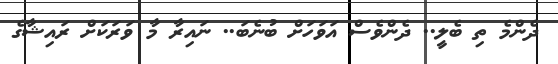
ދެންމެ ތި ބެލީ.. ދެންވެސް އަވަހަށް ބުނެބަ.. ނައިރާ މާ ވަރަކަށް ރައިޝާގެ